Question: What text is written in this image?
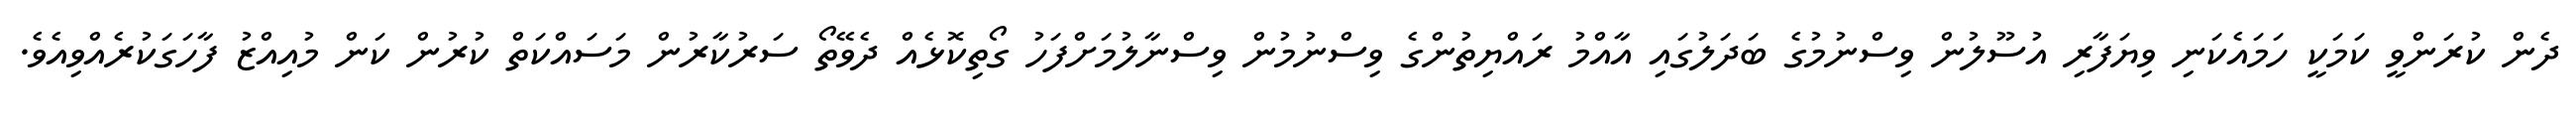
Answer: ދެން ކުރަންވީ ކަމަކީ ހަމައެކަނި ވިޔަފާރި އުސޫލުން ވިސްނުމުގެ ބަދަލުގައި އާއްމު ރައްޔިތުންގެ ވިސްނުމުން ވިސްނާލުމަށްފަހު ގޯތިކޮޅެއް ދެވޭތޯ ސަރުކާރުން މަސައްކަތް ކުރުން ކަން މުއިއްޒު ފާހަގަކުރެއްވިއެވެ.